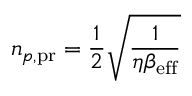
n _ { p , { \mathrm { p r } } } = \frac { 1 } { 2 } \sqrt { \frac { 1 } { \eta \beta _ { \mathrm { e f f } } } }